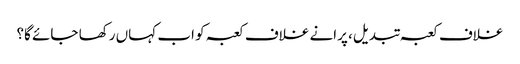
غلاف کعبہ تبدیل، پرانے غلاف کعبہ کو اب کہاں رکھا جائے گا؟